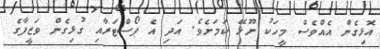
އޮޅިގެން އެއްވެސް މީހަކު ނޫޅޭ ކަމަށެވެ. އަދި އެ ޕޯސްޓަރާއި ގުޅިގެން ވަޒީފާގެ